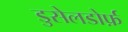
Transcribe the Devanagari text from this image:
डुसेलडोर्फ़